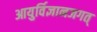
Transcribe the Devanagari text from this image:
आयुर्विज्ञानजगत्